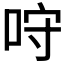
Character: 𠱔